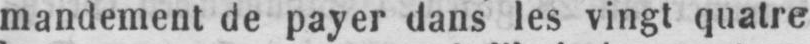
mandement de payer dans lez vingt quatre